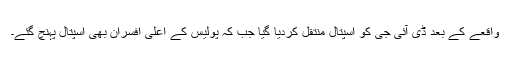
واقعے کے بعد ڈی آئی جی کو اسپتال منتقل کردیا گیا جب کہ پولیس کے اعلیٰ افسران بھی اسپتال پہنچ گئے۔